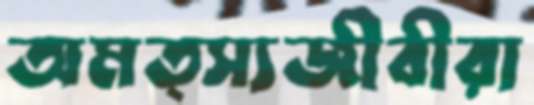
অমত্স্যজীবীরা